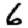
Digit: 6